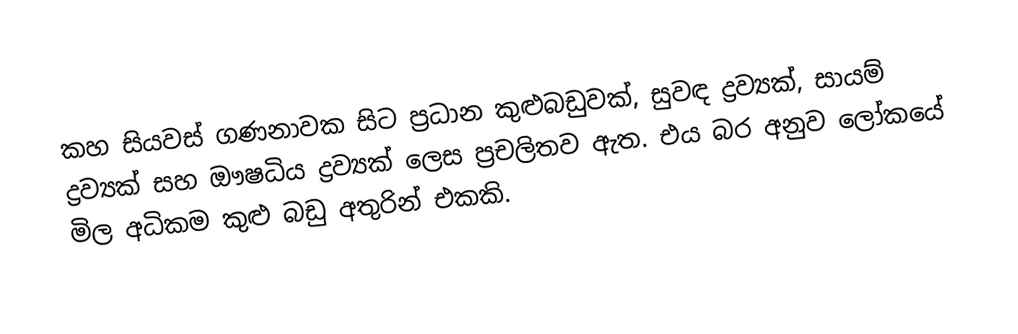
කහ සියවස් ගණනාවක සිට ප්‍රධාන කුළුබඩුවක්, සුවඳ ද්‍රව්‍යක්, සායම් ද්‍රව්‍යක් සහ  ඖෂධිය ද්‍රව්‍යක් ලෙස ප්‍රචලිතව ඇත. එය බර අනුව ලෝකයේ මිල අධිකම කුළු බඩු අතුරින් එකකි.